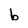
Character: b